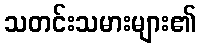
သတင်းသမားများ၏